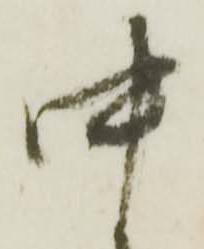
中